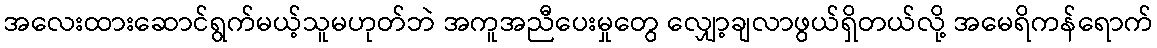
အလေးထားဆောင်ရွက်မယ့်သူမဟုတ်ဘဲ အကူအညီပေးမှုတွေ လျှော့ချလာဖွယ်ရှိတယ်လို့ အမေရိကန်ရောက်